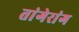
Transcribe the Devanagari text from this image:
तांगेरांग